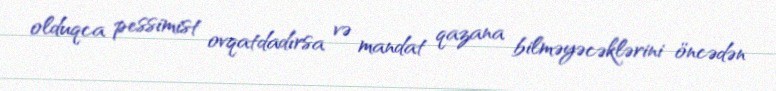
olduqca pessimist ovqatdadırsa və mandat qazana bilməyəcəklərini öncədən